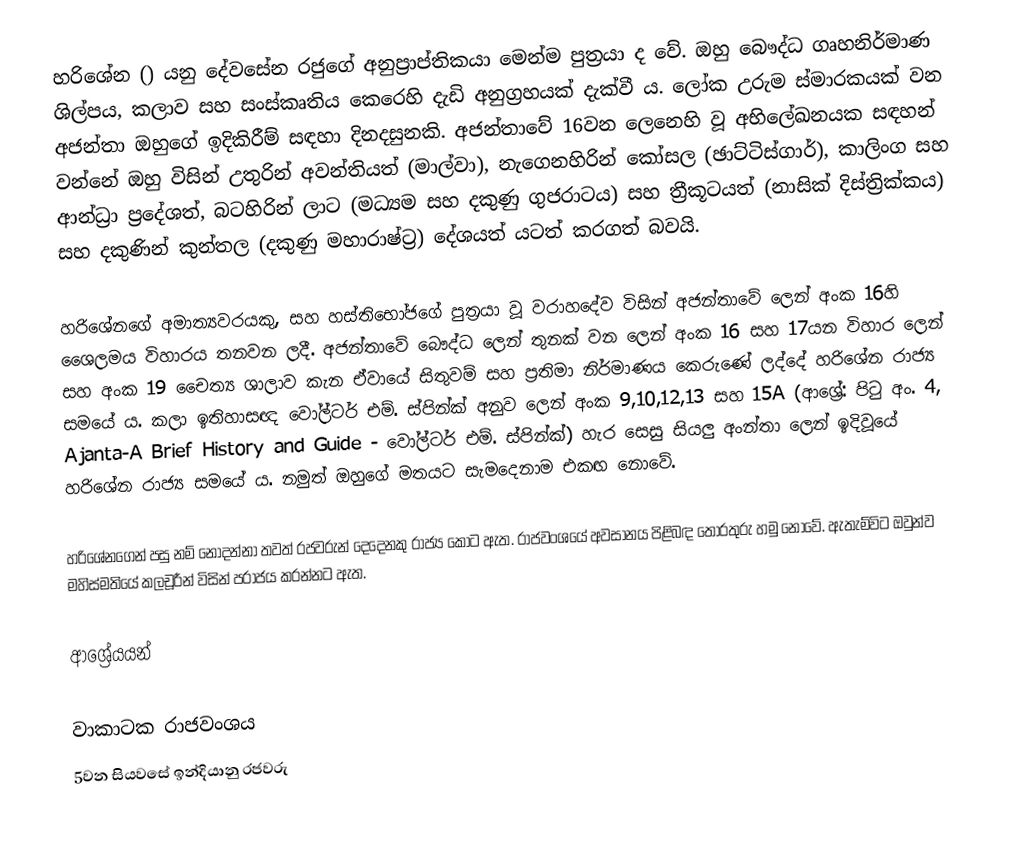
හරිශේන () යනු දේවසේන රජුගේ අනුප්‍රාප්තිකයා මෙන්ම පුත්‍රයා ද වේ. ඔහු බෞද්ධ ගෘහනිර්මාණ ශිල්පය, කලාව සහ සංස්කෘතිය කෙරෙහි දැඩි අනුග්‍රහයක් දැක්වී ය. ලෝක උරුම ස්මාරකයක් වන අජන්තා ඔහුගේ ඉදිකිරීම් සඳහා දිනදසුනකි. අජන්තාවේ 16වන ලෙනෙහි වූ අභිලේඛනයක සඳහන් වන්නේ ඔහු විසින් උතුරින් අවන්තියත් (මාල්වා), නැගෙනහිරින් කෝසල (ඡාට්ටිස්ගාර්), කාලිංග සහ ආන්ධ්‍රා ප්‍රදේශත්, බටහිරින් ලාට (මධ්‍යම සහ දකුණු ගුජරාටය) සහ ත්‍රීකූටයත් (නාසික් දිස්ත්‍රික්කය) සහ දකුණින් කුන්තල (දකුණු මහාරාෂ්ට්‍ර) දේශයත් යටත් කරගත් බවයි.

හරිශේනගේ අමාත්‍යවරයකු, සහ හස්තිභෝජගේ පුත්‍රයා වූ වරාහදේව විසින් අජන්තාවේ ලෙන් අංක 16හි ශෛලමය විහාරය තනවන ලදී. අජන්තාවේ බෞද්ධ ලෙන් තුනක් වන ලෙන් අංක 16 සහ 17යන විහාර ලෙන් සහ අංක 19 චෛත්‍ය ශාලාව කැන ඒවායේ සිතුවම් සහ ප්‍රතිමා නිර්මාණය කෙරුණේ ලද්දේ හරිශේන රාජ්‍ය සමයේ ය. කලා ඉතිහාසඥ වෝල්ටර් එම්. ස්පින්ක් අනුව ලෙන් අංක 9,10,12,13 සහ 15A (ආශ්‍රේ: පිටු අං. 4, Ajanta-A Brief History and Guide - වෝල්ටර් එම්. ස්පින්ක්) හැර සෙසු සියලු අංන්තා ලෙන් ඉදිවූයේ හරිශේන රාජ්‍ය සමයේ ය. නමුත් ඔහුගේ මතයට සැමදෙනාම එකඟ නොවේ.

හරිශේනගෙන් පසු නම් නොදන්නා තවත් රජවරුන් දෙදෙනකු රාජ්‍ය කොට ඇත. රාජවංශයේ අවසානය පිළිබඳ තොරතුරු හමු නොවේ. ඇතැම්විට ඔවුන්ව මහිස්මතියේ කලචූරීන් විසින් පරාජය කරන්නට ඇත.

ආශ්‍රේයයන්

වාකාටක රාජවංශය
5වන සියවසේ ඉන්දියානු රජවරු